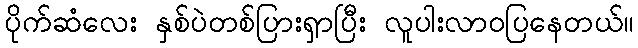
ပိုက်ဆံလေး နှစ်ပဲတစ်ပြားရှာပြီး လူပါးလာဝပြနေတယ်။